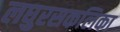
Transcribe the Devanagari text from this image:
लघुरसकलिका